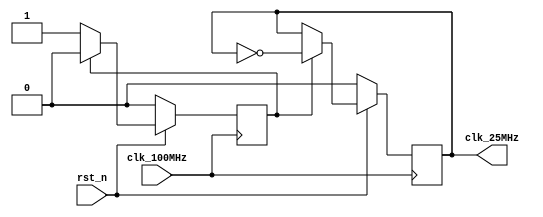
`timescale 1ns / 1ps
//////////////////////////////////////////////////////////////////////////////////
// Company: 
// Engineer: 
// 
// Design Name: 
// Module Name: Divider
// Project Name: 
// Target Devices: 
// Tool Versions: 
// Description: 
// 
// Dependencies: 
// 
// Revision:
// Revision 0.01 - File Created
// Additional Comments:
// 
//////////////////////////////////////////////////////////////////////////////////
module Divider(
    input clk_100MHz,       //
    input rst_n,            //VGA
    output reg clk_25MHz   //VGA
    );
//4
reg count = 1'b0; 
always @(posedge clk_100MHz) 
begin 
    if(!rst_n)
    begin
      count <= 1'b0;
      clk_25MHz <= 0;  
    end
    else if(count == 1'b1) 
    begin 
        count <= 1'b0; 
        clk_25MHz <= ~clk_25MHz; 
    end 
    else
        count <= 1'b1; 
end
endmodule